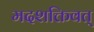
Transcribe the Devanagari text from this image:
मदशक्तिवत्